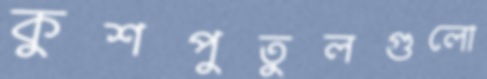
কুশপুতুলগুলো